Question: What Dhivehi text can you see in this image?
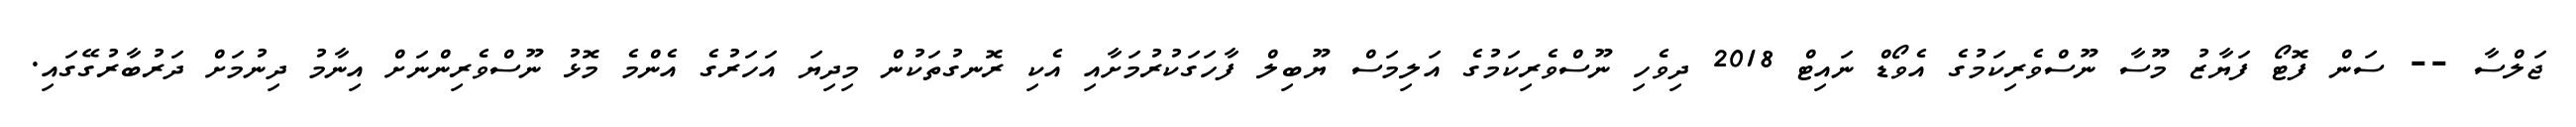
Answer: ޖަލްސާ -- ސަން ފޮޓޯ ފަޔާޒު މޫސާ ނޫސްވެރިކަމުގެ އެވޯޑް ނައިޓް 2018 ދިވެހި ނޫސްވެރިކަމުގެ އަލިމަސް ޔޫބިލް ފާހަގަކުރުމަށާއި އެކި ރޮނގުތަކުން މިދިޔަ އަހަރުގެ އެންމެ މޮޅު ނޫސްވެރިންނަށް އިނާމު ދިނުމަށް ދަރުބާރުގޭގައި.